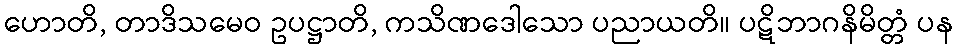
ဟောတိ, တာဒိသမေဝ ဥပဋ္ဌာတိ, ကသိဏဒေါသော ပညာယတိ။ ပဋိဘာဂနိမိတ္တံ ပန